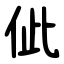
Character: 佌